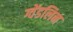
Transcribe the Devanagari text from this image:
ग्वेंडलिन